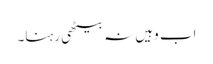
اب وہیں نہ بیٹھی رہنا۔